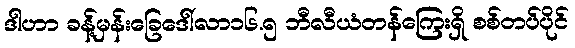
ဒါဟာ ခန့်မှန်းခြေဒေါ်လာ၁၆.၅ ဘီလီယံတန်ကြေးရှိ စစ်တပ်ပိုင်